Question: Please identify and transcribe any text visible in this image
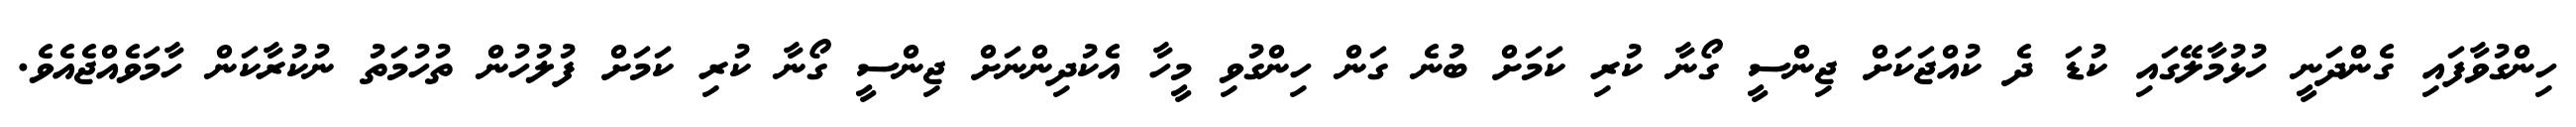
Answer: ހިންގުވާފައި ގެންދަނީ ހުޅުމާލޭގައި ކުޑަ ދެ ކުއްޖަކަށް ޖިންސީ ގޯނާ ކުރި ކަމަށް ބުނެ ގަން ހިންގުވި މީހާ އެކުދިންނަށް ޖިންސީ ގޯނާ ކުރި ކަމަށް ފުލުހުން ތުހުމަތު ނުކުރާކަން ހާމަވެއްޖެއެވެ.